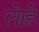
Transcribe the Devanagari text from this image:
लेाहे